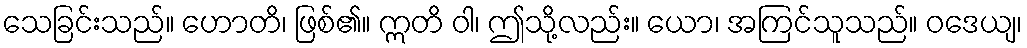
သေခြင်းသည်။ ဟောတိ၊ ဖြစ်၏။ ဣတိ ဝါ၊ ဤသို့လည်း။ ယော၊ အကြင်သူသည်။ ဝဒေယျ၊